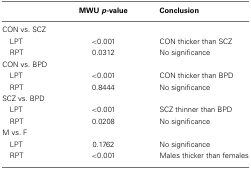
<table><thead><tr><td></td><td><b>MWU <i>p</i>-value</b></td><td><b>Conclusion</b></td></tr></thead><tbody><tr><td>CON vs. SCZ</td></tr><tr><td> LPT</td><td>&lt;0.001</td><td>CON thicker than SCZ</td></tr><tr><td> RPT</td><td>0.0312</td><td>No significance</td></tr><tr><td>CON vs. BPD</td></tr><tr><td> LPT</td><td>&lt;0.001</td><td>CON thicker than BPD</td></tr><tr><td> RPT</td><td>0.8444</td><td>No significance</td></tr><tr><td>SCZ vs. BPD</td></tr><tr><td> LPT</td><td>&lt;0.001</td><td>SCZ thinner than BPD</td></tr><tr><td> RPT</td><td>0.0208</td><td>No significance</td></tr><tr><td>M vs. F</td></tr><tr><td> LPT</td><td>0.1762</td><td>No significance</td></tr><tr><td> RPT</td><td>&lt;0.001</td><td>Males thicker than females</td></tr></tbody></table>